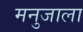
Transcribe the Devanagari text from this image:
मनुजाला